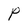
Character: P